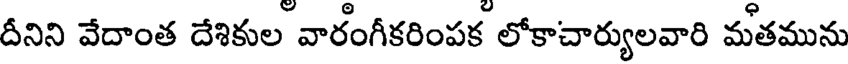
దీనిని వేదాంత దేశికుల వారంగీకరింపక లోకాచార్యులవారి మతమును